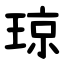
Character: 琼